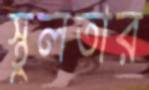
স্থূলতার